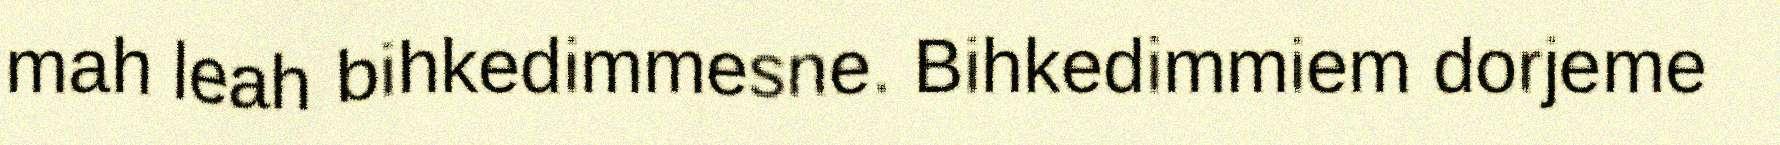
mah leah bihkedimmesne. Bihkedimmiem dorjeme